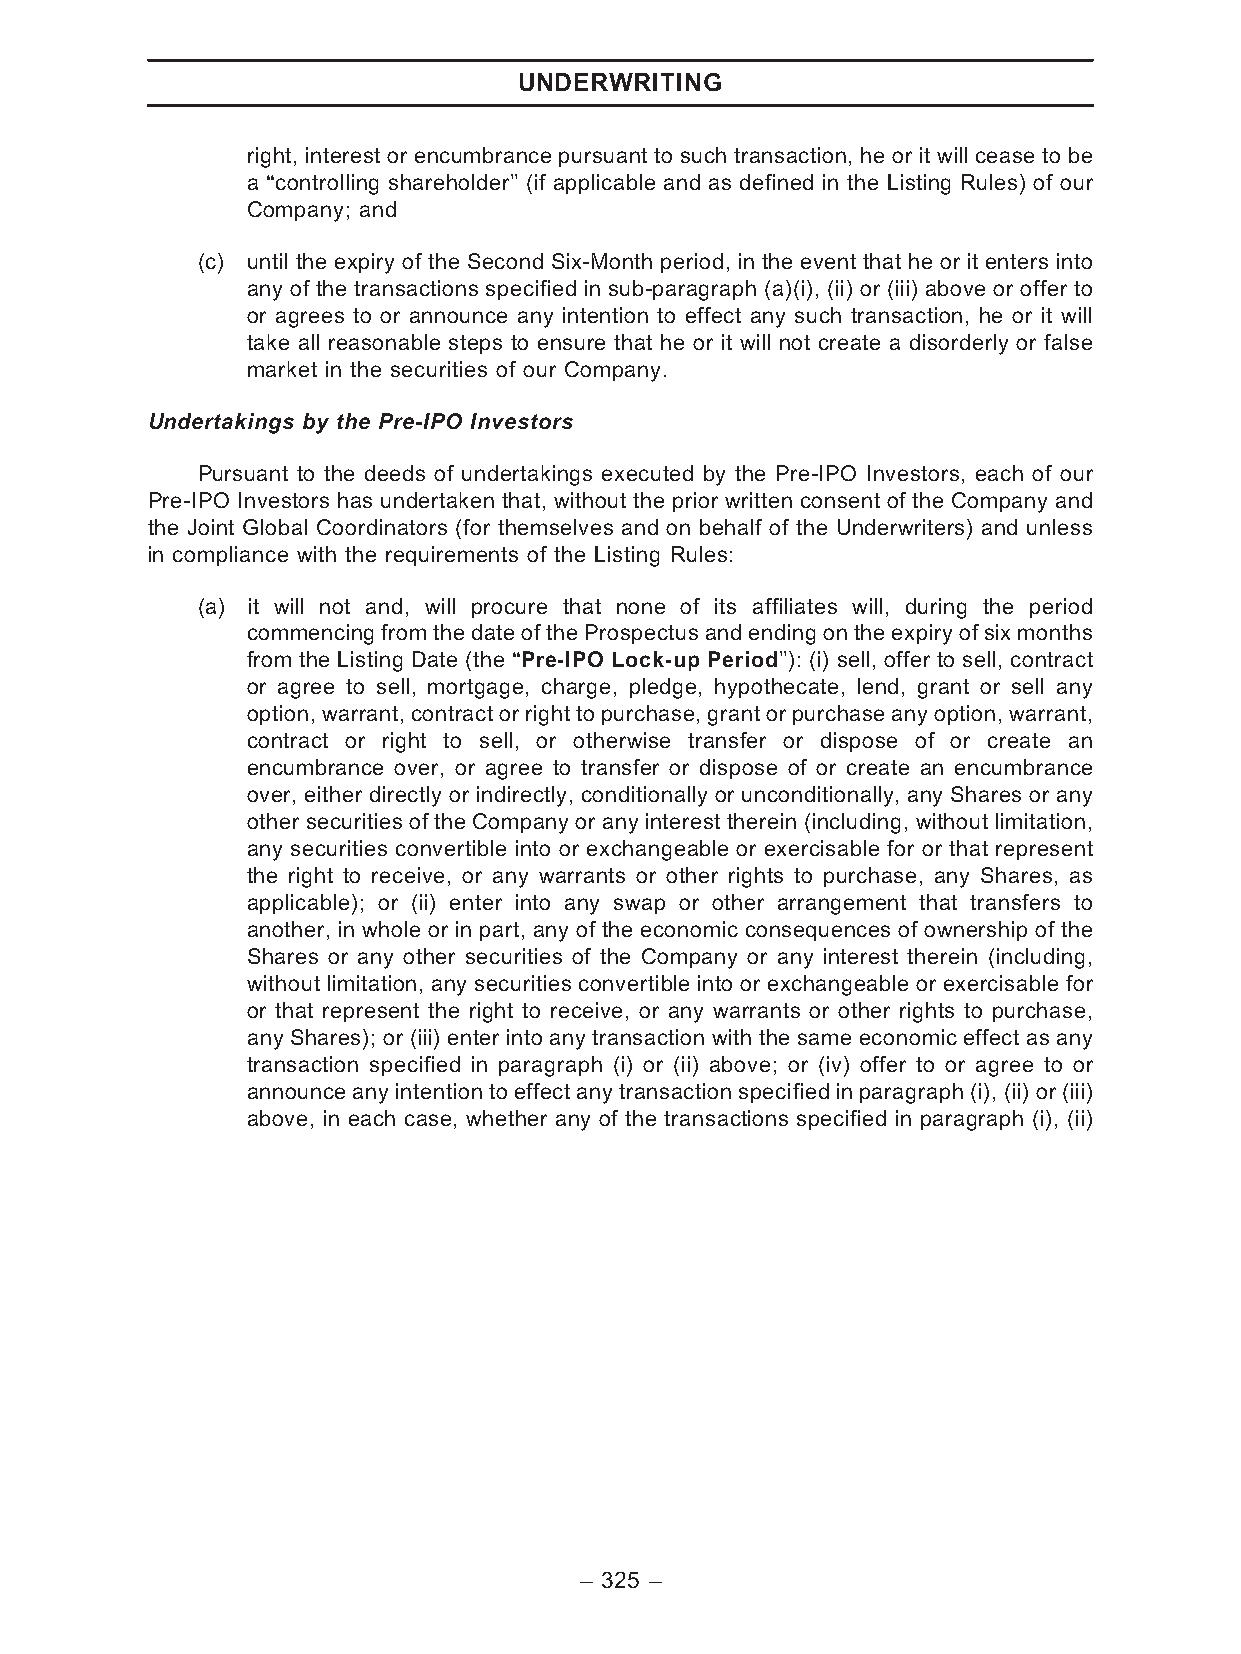
UNDERWRITING
 right, interest or encumbrance pursuant to such transaction, he or it will cease to be
 a ‘‘controlling shareholder’’ (if applicable and as defined in the Listing Rules) of our
 Company; and
 (c) until the expiry of the Second Six-Month period, in the event that he or it enters into
 any of the transactions specified in sub-paragraph (a)(i), (ii) or (iii) above or offer to
 or agrees to or announce any intention to effect any such transaction, he or it will
 take all reasonable steps to ensure that he or it will not create a disorderly or false
 market in the securities of our Company.
 Undertakings by the Pre-IPO Investors
 Pursuant to the deeds of undertakings executed by the Pre-IPO Investors, each of our
 Pre-IPO Investors has undertaken that, without the prior written consent of the Company and
 the Joint Global Coordinators (for themselves and on behalf of the Underwriters) and unless
 in compliance with the requirements of the Listing Rules:
 (a) it will not and, will procure that none of its affiliates will, during the period
 commencingfromthedateof the Prospectusandending ontheexpiryofsixmonths
 from the Listing Date (the ‘‘Pre-IPO Lock-up Period’’): (i) sell, offer to sell, contract
 or agree to sell, mortgage, charge, pledge, hypothecate, lend, grant or sell any
 option,warrant,contractorrighttopurchase,grantorpurchaseanyoption,warrant,
 contract or right to sell, or otherwise transfer or dispose of or create an
 encumbrance over, or agree to transfer or dispose of or create an encumbrance
 over, either directly or indirectly, conditionally or unconditionally, any Shares or any
 other securities of the Company or any interest therein (including, without limitation,
 any securities convertible into or exchangeable or exercisable for or that represent
 the right to receive, or any warrants or other rights to purchase, any Shares, as
 applicable); or (ii) enter into any swap or other arrangement that transfers to
 another, in whole or in part, any of the economic consequences of ownership of the
 Shares or any other securities of the Company or any interest therein (including,
 without limitation, any securities convertible into or exchangeable or exercisable for
 or that represent the right to receive, or any warrants or other rights to purchase,
 any Shares); or (iii) enter into any transaction with the same economic effect as any
 transaction specified in paragraph (i) or (ii) above; or (iv) offer to or agree to or
 announce anyintention to effect any transactionspecified in paragraph (i), (ii)or(iii)
 above, in each case, whether any of the transactions specified in paragraph (i), (ii)
 – 325 –